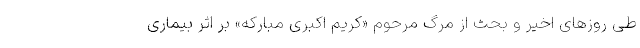
طی روزهای اخیر و بحث از مرگ مرحوم «کریم اکبری مبارکه» بر اثر بیماری